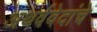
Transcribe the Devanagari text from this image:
अथर्ववेदांचे